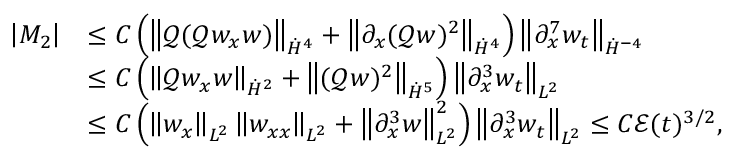
\begin{array} { r l } { \left| M _ { 2 } \right| } & { \leq C \left( \left\| \mathscr { Q } ( \mathscr { Q } w _ { x } w ) \right\| _ { \dot { H } ^ { 4 } } + \left\| \partial _ { x } ( \mathscr { Q } w ) ^ { 2 } \right\| _ { \dot { H } ^ { 4 } } \right) \left\| \partial _ { x } ^ { 7 } w _ { t } \right\| _ { \dot { H } ^ { - 4 } } } \\ & { \leq C \left( \left\| \mathscr { Q } w _ { x } w \right\| _ { \dot { H } ^ { 2 } } + \left\| ( \mathscr { Q } w ) ^ { 2 } \right\| _ { \dot { H } ^ { 5 } } \right) \left\| \partial _ { x } ^ { 3 } w _ { t } \right\| _ { L ^ { 2 } } } \\ & { \leq C \left( \left\| w _ { x } \right\| _ { L ^ { 2 } } \left\| w _ { x x } \right\| _ { L ^ { 2 } } + \left\| \partial _ { x } ^ { 3 } w \right\| _ { L ^ { 2 } } ^ { 2 } \right) \left\| \partial _ { x } ^ { 3 } w _ { t } \right\| _ { L ^ { 2 } } \leq C \mathcal { E } ( t ) ^ { 3 / 2 } , } \end{array}